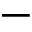
-